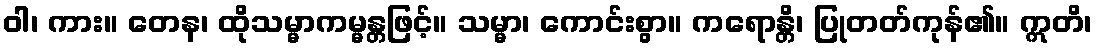
ဝါ၊ ကား။ တေန၊ ထိုသမ္မာကမ္မန္တဖြင့်။ သမ္မာ၊ ကောင်းစွာ။ ကရောန္တိ၊ ပြုတတ်ကုန်၏။ ဣတိ၊